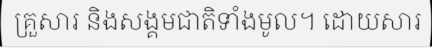
គ្រួសារ និងសង្គមជាតិទាំងមូល។ ដោយសារ